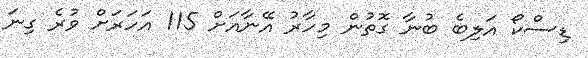
ޑިސްކޯ އަލިބެ ބުނާ ގޮތުން މިހާރު އޭނާއަށް 115 އަހަރަށް ވުރެ ގިނަ